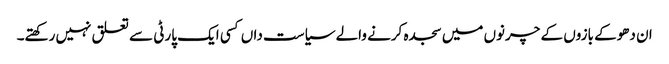
ان دھوکے بازوں کے چرنوں میں سجدہ کرنے والے سیاست داں کسی ایک پارٹی سے تعلق نہیں رکھتے۔